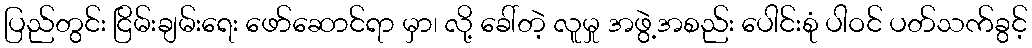
ပြည်တွင်း ငြိမ်းချမ်းရေး ဖော်ဆောင်ရာ မှာ၊ လို့ ခေါ်တဲ့ လူမှု အဖွဲ့အစည်း ပေါင်းစုံ ပါဝင် ပတ်သက်ခွင့်